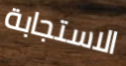
الاستجابة